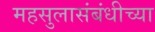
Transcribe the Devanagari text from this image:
महसुलासंबंधीच्या